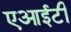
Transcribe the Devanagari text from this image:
एआईटी